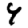
Digit: 4